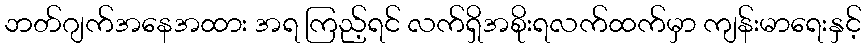
ဘတ်ဂျက်အနေအထား အရ ကြည့်ရင် လက်ရှိအစိုးရလက်ထက်မှာ ကျန်းမာရေးနှင့်